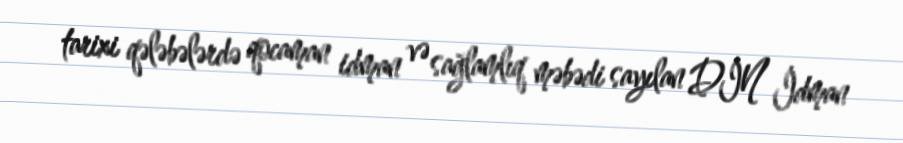
tarixi qələbələrdə qocaman idman və sağlamlıq məbədi sayılan DİN İdman